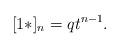
LaTeX: \begin{align*}[1*]_n = qt^{n-1}.\end{align*}